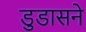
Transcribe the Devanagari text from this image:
डुडासने